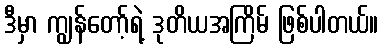
ဒီမှာ ကျွန်တော့်ရဲ့ ဒုတိယအကြိမ် ဖြစ်ပါတယ်။